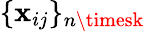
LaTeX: \{ \mathbf{x}_{ij}\} _{n\timesk}